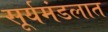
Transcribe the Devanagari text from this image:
सूर्यमंडलात